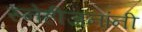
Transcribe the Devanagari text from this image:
स्नेहीजनांनी